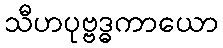
သီဟပုဗ္ဗဒ္ဓကာယော